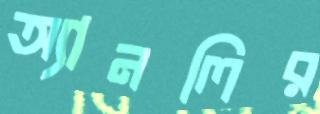
অ্যানলির